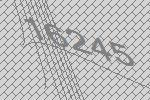
16245